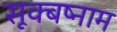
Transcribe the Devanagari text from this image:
सूक्बष्नाम